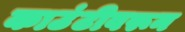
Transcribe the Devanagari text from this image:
काउंटीवरून